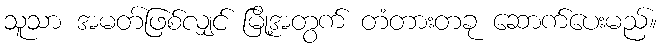
သူသာ အမတ်ဖြစ်လျှင် မြို့အတွက် တံတားတခု ဆောက်ပေးမည်။